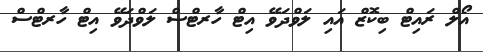
އޯލް ރައިޓް ބިކޮޒް އައި ލަވްދަވޭ އިޓް ހާރޓްސް ލަވްދަވޭ އިޓް ހާރޓްސް